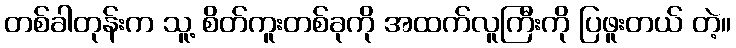
တစ်ခါတုန်းက သူ့ စိတ်ကူးတစ်ခုကို အထက်လူကြီးကို ပြဖူးတယ် တဲ့။